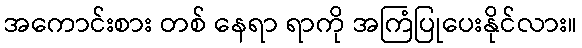
အကောင်းစား တစ် နေရာ ရာကို အကြံပြုပေးနိုင်လား။